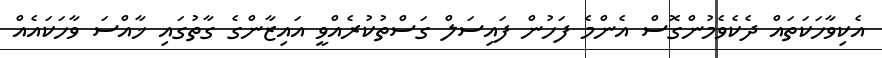
އެކިވާހަކަތައް ދެކެވެމުންގޮސް އެންމެ ފަހުން ފައިސަލް ގަސްތުކުރެއްވީ އައިޒާންގެ ގާތުގައި ޚާއްސަ ވާހަކައެއް